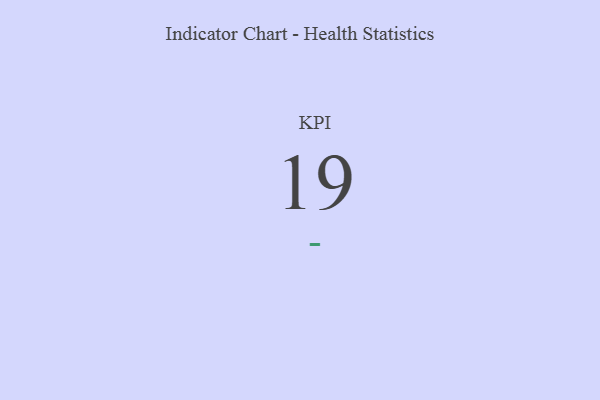
{"axis": {"x": "KPI", "y": "Value"}, "legend": [""], "data": [{"x": "KPI", "y": 19, "type": ""}]}